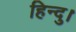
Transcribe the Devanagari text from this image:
हिन्दु।